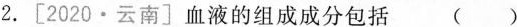
2. [2020▪云南]血液的组成成分包括 （）